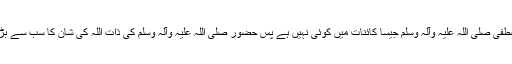
خدا کے مصطفیٰ صلی اللہ علیہ وآلہ وسلم جیسا کائنات میں کوئی نہیں ہے پس حضور صلی اللہ علیہ وآلہ وسلم کی ذات اللہ کی شان کا سب سے بڑا عنوان ہے۔